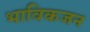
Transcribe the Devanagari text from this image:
भाविकजन